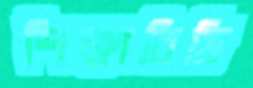
শিক্ষাবিডি